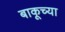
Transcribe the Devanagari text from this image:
बाकूच्या